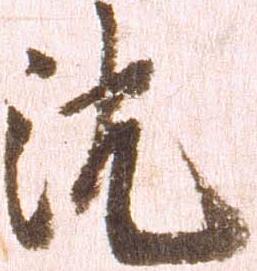
沈